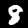
Digit: 8